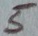
Text: 5